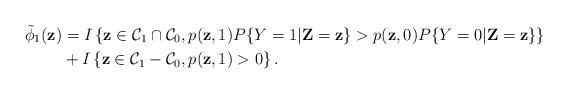
LaTeX: \begin{align*}\tilde{\phi}_{1}(\textbf{z})&= I \left\lbrace \textbf{z} \in \mathcal{C}_{1} \cap \mathcal{C}_{0}, p(\textbf{z},1)P\{Y=1\vert \textbf{Z} = \textbf{z}\} > p(\textbf{z},0) P\{Y=0 \vert \textbf{Z} = \textbf{z}\} \right\rbrace\\&+ I \left\lbrace \textbf{z} \in \mathcal{C}_{1} - \mathcal{C}_{0}, p(\textbf{z}, 1)>0 \right\rbrace.\end{align*}